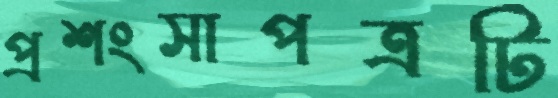
প্রশংসাপত্রটি